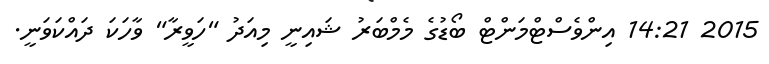
2015 14:21 އިންވެސްޓްމަންޓް ބޯޑުގެ މެމްބަރު ޝައިނީ މިއަދު "ހަވީރާ" ވާހަކަ ދައްކަވަނީ.